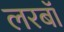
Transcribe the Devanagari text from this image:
लरबॉ